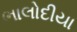
ભાલોદીયા